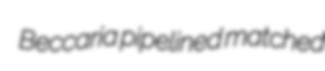
Beccaria pipelined matched